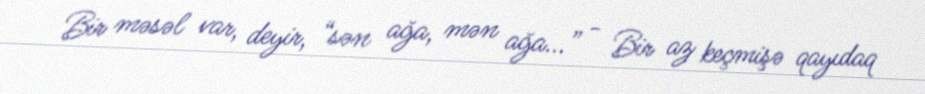
Bir məsəl var, deyir, “sən ağa, mən ağa...” - Bir az keçmişə qayıdaq